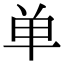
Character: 单